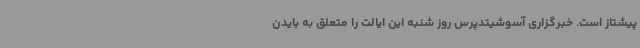
پیشتاز است. خبرگزاری آسوشیتدپرس روز شنبه این ایالت را متعلق به بایدن